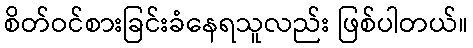
စိတ်ဝင်စားခြင်းခံနေရသူလည်း ဖြစ်ပါတယ်။